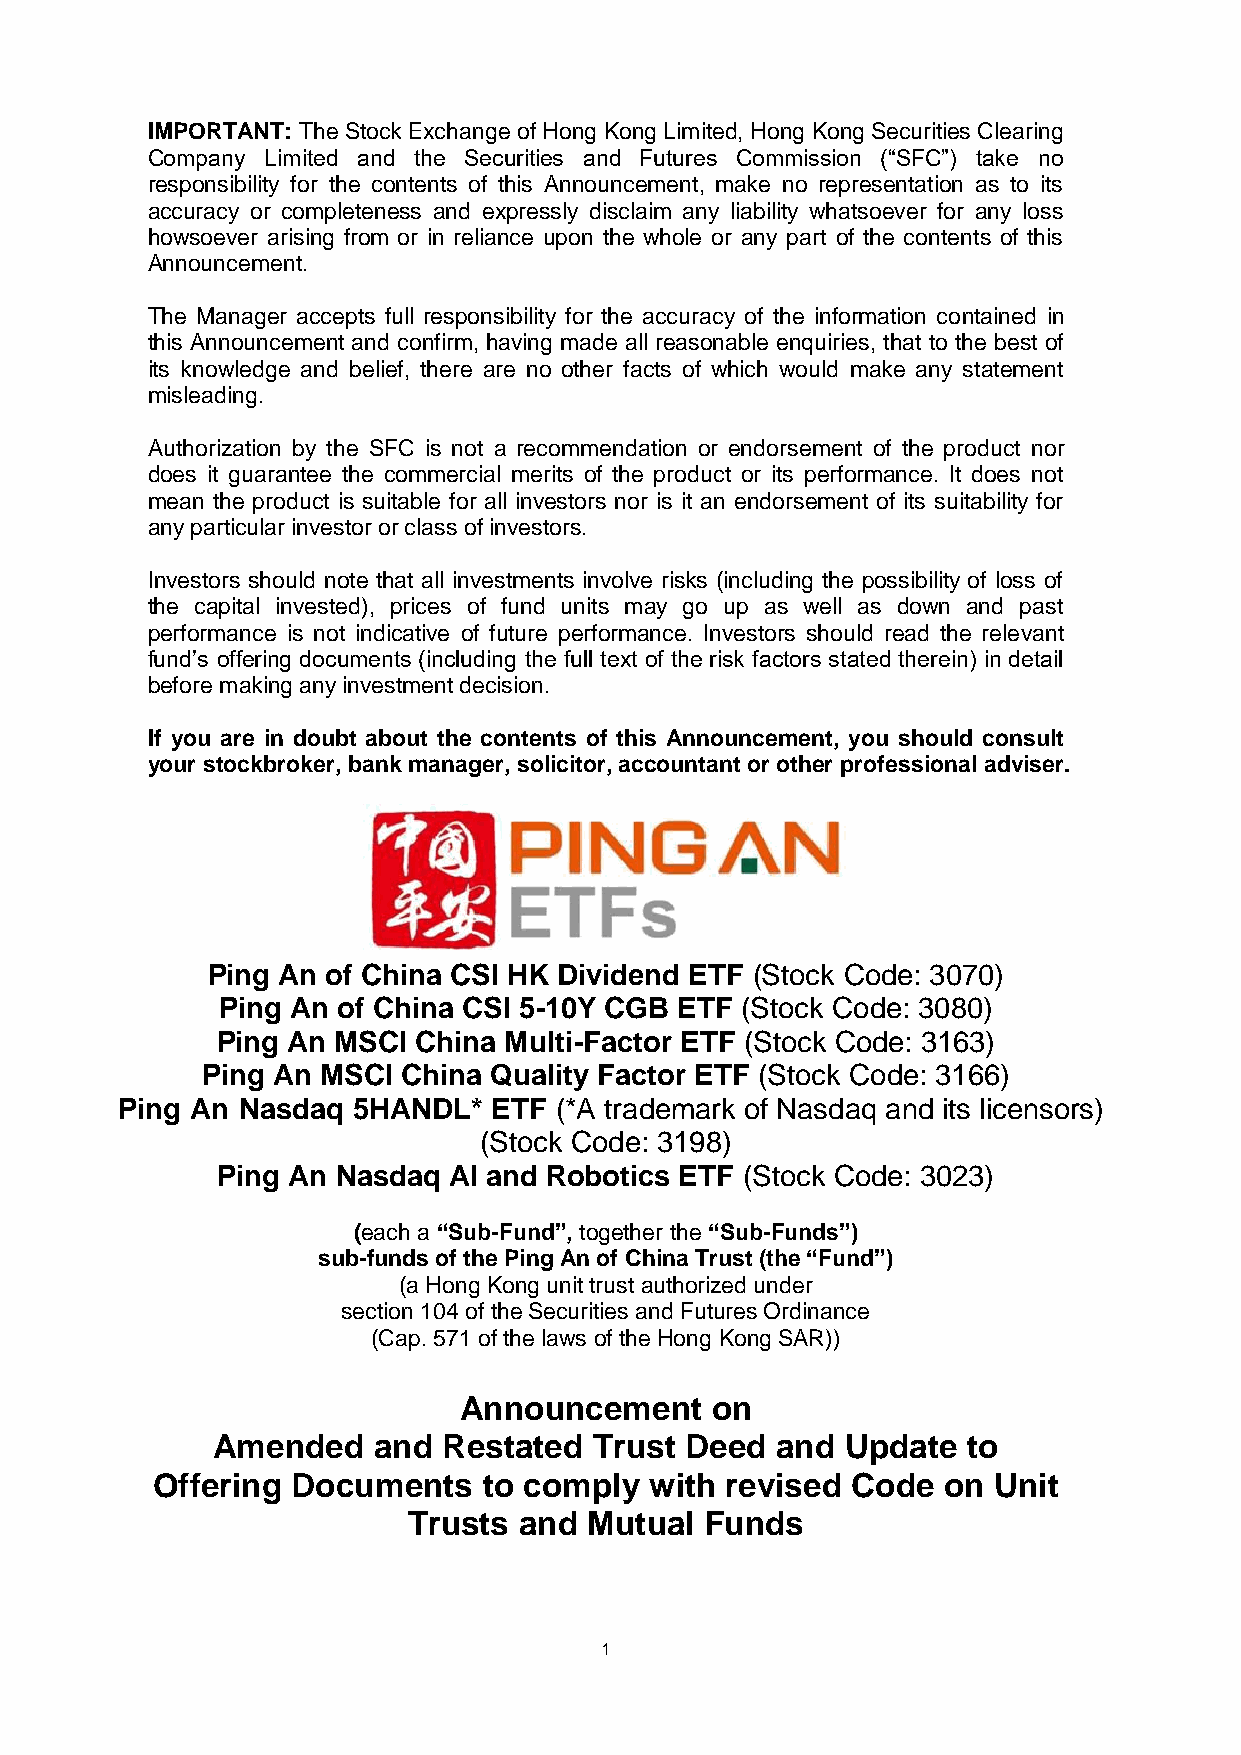
IMPORTANT: The Stock Exchange of Hong Kong Limited, Hong Kong Securities Clearing
 Company Limited and the Securities and Futures Commission (“SFC”) take no
 responsibility for the contents of this Announcement, make no representation as to its
 accuracy or completeness and expressly disclaim any liability whatsoever for any loss
 howsoever arising from or in reliance upon the whole or any part of the contents of this
 Announcement.
 The Manager accepts full responsibility for the accuracy of the information contained in
 this Announcement and confirm, having made all reasonable enquiries, that to the best of
 its knowledge and belief, there are no other facts of which would make any statement
 misleading.
 Authorization by the SFC is not a recommendation or endorsement of the product nor
 does it guarantee the commercial merits of the product or its performance. It does not
 mean the product is suitable for all investors nor is it an endorsement of its suitability for
 any particular investor or class of investors.
 Investors should note that all investments involve risks (including the possibility of loss of
 the capital invested), prices of fund units may go up as well as down and past
 performance is not indicative of future performance. Investors should read the relevant
 fund’s offering documents (including the full text of the risk factors stated therein) in detail
 before making any investment decision.
 If you are in doubt about the contents of this Announcement, you should consult
 your stockbroker, bank manager, solicitor, accountant or other professional adviser.
 Ping An of China CSI HK Dividend ETF (Stock Code: 3070)
 Ping An of China CSI 5-10Y CGB ETF (Stock Code: 3080)
 Ping An MSCI  China Multi-Factor ETF (Stock Code: 3163)
 Ping An MSCI  China Quality Factor ETF (Stock Code: 3166)
 Ping An Nasdaq 5HANDL*   ETF (*A trademark of Nasdaq and its licensors)
 (Stock Code: 3198)
 Ping An Nasdaq  AI and Robotics ETF (Stock Code: 3023)
 (each a “Sub-Fund”, together the “Sub-Funds”)
 sub-funds of the Ping An of China Trust (the “Fund”)
 (a Hong Kong unit trust authorized under
 section 104 of the Securities and Futures Ordinance
 (Cap. 571 of the laws of the Hong Kong SAR))
 Announcement     on
 Amended    and Restated  Trust Deed  and  Update  to
 Offering Documents    to comply  with revised Code  on  Unit
 Trusts and  Mutual  Funds
 1